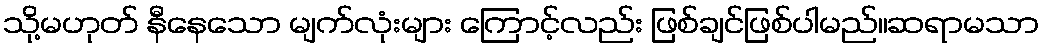
သို့မဟုတ် နီနေသော မျက်လုံးများ ကြောင့်လည်း ဖြစ်ချင်ဖြစ်ပါမည်။ဆရာမသာ